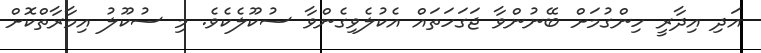
އަދި އިދާރީ ހިންގުމަށް ބޭނުންވާ ޖަގަހަތައް އެކުލެވިގެންވާ ސުކޫލެކެވެ. މި ސުކޫލު އިމާރާތްކޮށް